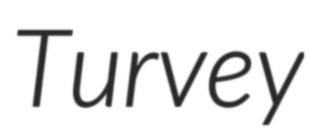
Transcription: Turvey